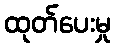
ထုတ်ပေးမှု